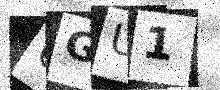
Text: UGU1